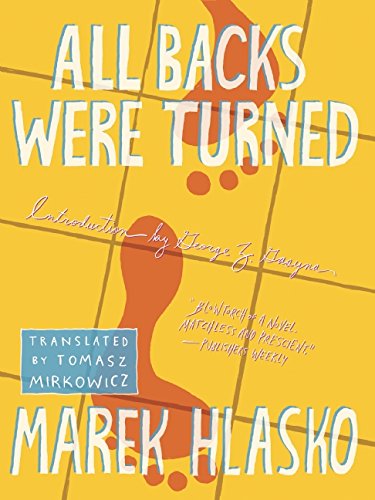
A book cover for All Backs Were Turned (Rebel Lit); Marek Hlasko; Literature & Fiction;